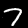
Label: 7